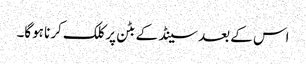
اس کے بعد سینڈ کے بٹن پر کلک کرنا ہوگا۔